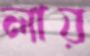
লায়